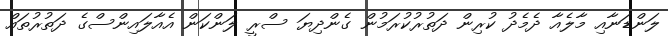
ލަންޑަނާއި މާލެއާ ދެމެދު ކުރިން ދަތުރުކުރަމުން ގެންދިޔަ ސްރީ ލަންކަން އެއާލައިންސްގެ ދަތުރުތައް